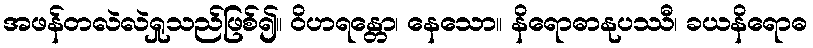
အဖန်တလဲလဲရှုသည်ဖြစ်၍။ ဝိဟရန္တော၊ နေသော။ နိရောဓာနုပဿီ၊ ခယနိရောဓ